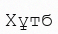
Хұтб